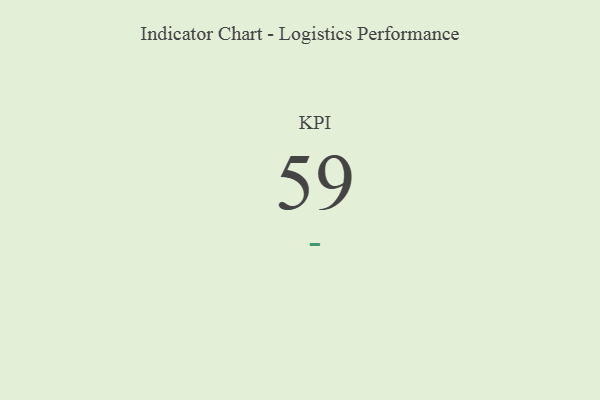
{"axis": {"x": "KPI", "y": "Value"}, "legend": [""], "data": [{"x": "KPI", "y": 59, "type": ""}]}